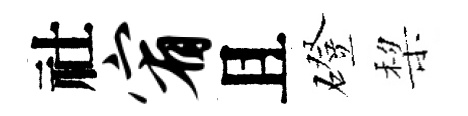
社宥且磴棃